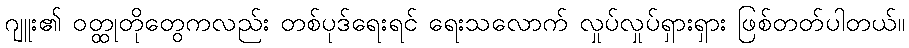
ဂျူး၏ ဝတ္ထုတိုတွေကလည်း တစ်ပုဒ်ရေးရင် ရေးသလောက် လှုပ်လှုပ်ရှားရှား ဖြစ်တတ်ပါတယ်။